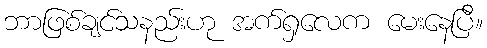
ဘာဖြစ်ချင်သနည်းဟု အက်ရှလေက မေးနေပြီ။